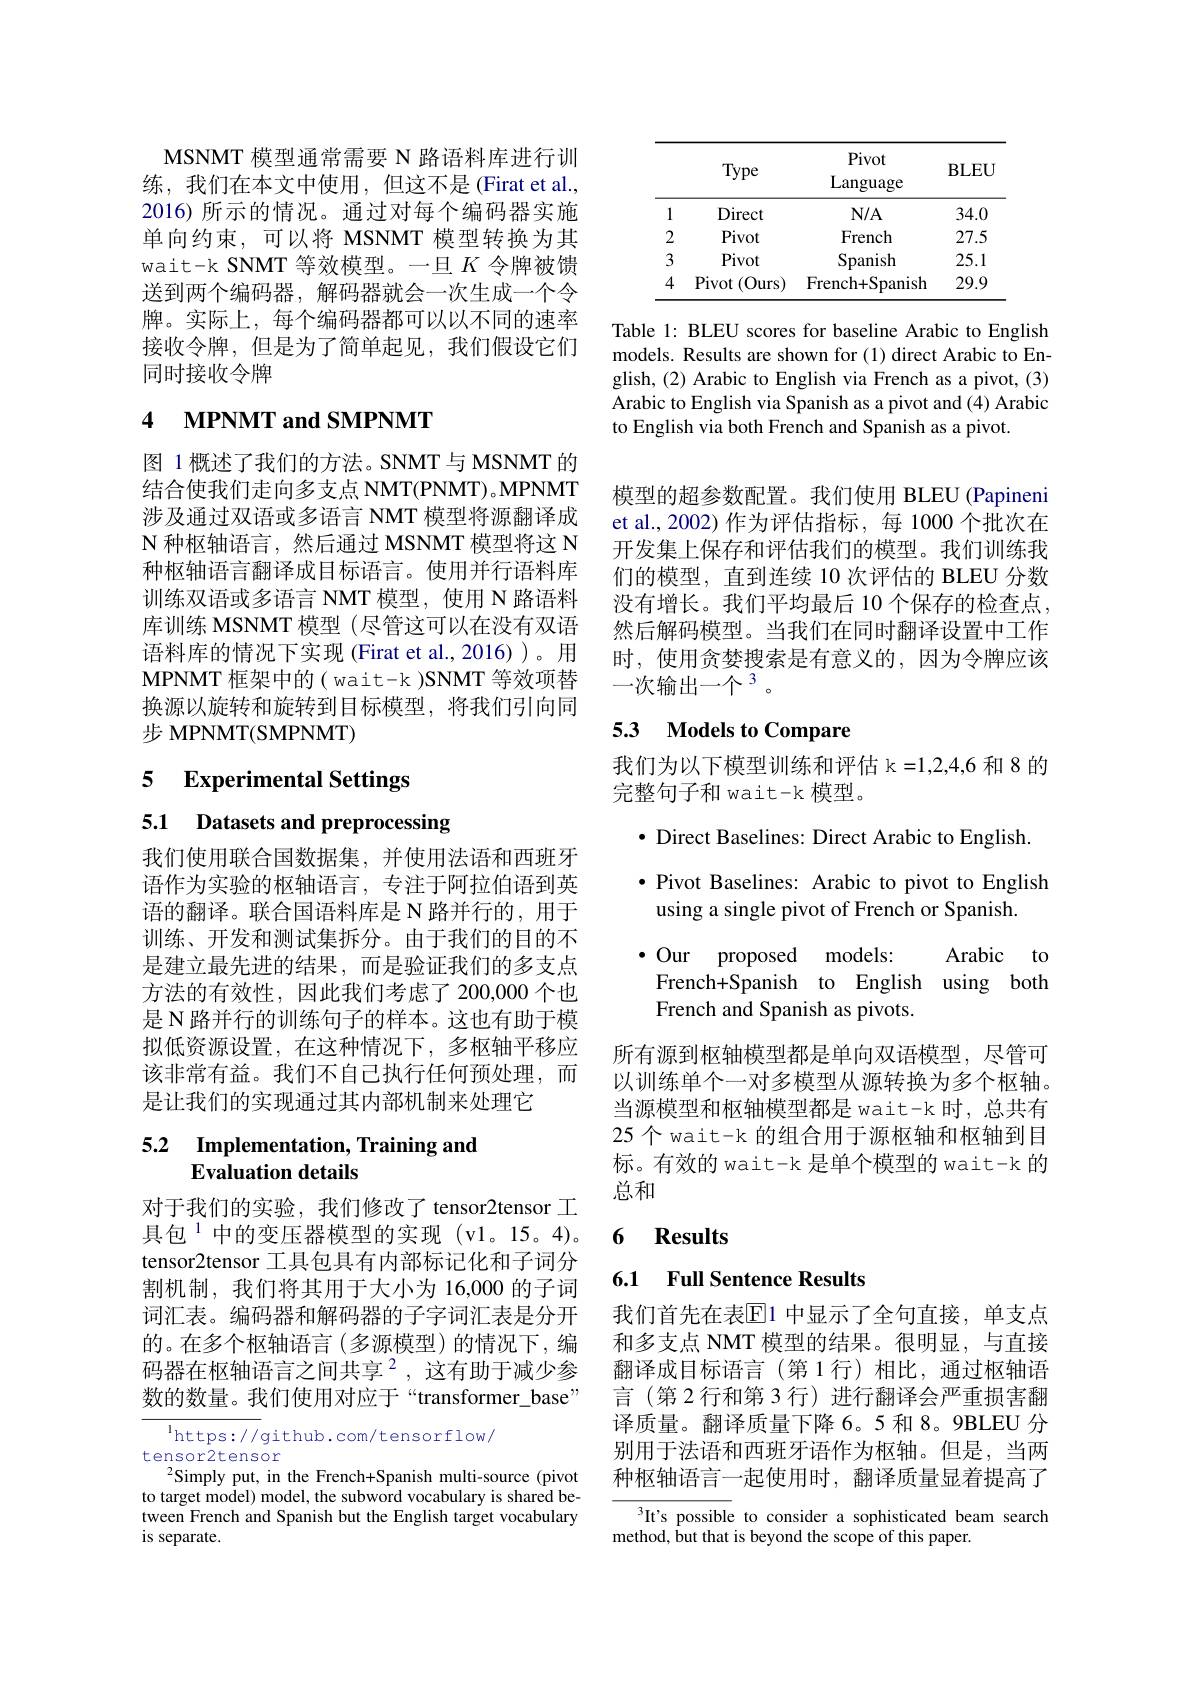
MSNMT 模型通常需要 N 路语料库进行训练，我们在本文中使用，但这不是(Firat et al., 2016)所示的情况。通过对每个编码器实施单向约束，可以将 MSNMT 模型转换为其wait-k SNMT 等效模型。一旦$K$令牌被馈送到两个编码器，解码器就会一次生成一个令牌。实际上，每个编码器都可以以不同的速率接收令牌，但是为了简单起见，我们假设它们同时接收令牌

# 4 MPNMT and SMPNMT

图 1概述了我们的方法。SNMT与 MSNMT 的结合使我们走向多支点 NMT(PNMT)。MPNMT 涉及通过双语或多语言 NMT 模型将源翻译成$\mathcal{N}$种枢轴语言，然后通过 MSNMT 模型将这 N 种枢轴语言翻译成目标语言。使用并行语料库训练双语或多语言 NMT 模型，使用 N 路语料库训练 MSNMT 模型(尽管这可以在没有双语语料库的情况下实现 (Firat et al.,2016))。用MPNMT 框架中的( wait-k )SNMT 等效项替换源以旋转和旋转到目标模型，将我们引向同步 MPNMT(SMPNMT)

## 5 Experimental Settings

5.1 Datasets and preprocessing

我们使用联合国数据集，并使用法语和西班牙语作为实验的枢轴语言，专注于阿拉伯语到英语的翻译。联合国语料库是 N 路并行的，用于训练、开发和测试集拆分。由于我们的目的不是建立最先进的结果，而是验证我们的多支点方法的有效性，因此我们考虑了 200,000个也是 N 路并行的训练句子的样本。这也有助于模拟低资源设置，在这种情况下，多枢轴平移应该非常有益。我们不自己执行任何预处理，而是让我们的实现通过其内部机制来处理它

## 5.2 Implementation, Training and Evaluation details

对于我们的实验，我们修改了 tensor2tensor 工具包$^{1}$中的变压器模型的实现(v1。15。4)。tensor2tensor 工具包具有内部标记化和子词分割机制，我们将其用于大小为 16,000 的子词词汇表。编码器和解码器的子字词汇表是分开的。在多个枢轴语言(多源模型)的情况下，编码器在枢轴语言之间共享$^2$,这有助于减少参数的数量。我们使用对应于“transformer_base”

$^{\mathrm{l}}$https://github.com/tensorflow/
tensor2tensor
$^{2}$Simply put, in the French+Spanish multi-source(pivot

to target model) model, the subword vocabulary is shared between French and Spanish but the English target vocabulary is separate.

<table>
	<tbody>
		<tr>
			<th> </th>
			<th>Type</th>
			<th>Pivot Language</th>
			<th>BLEU</th>
		</tr>
		<tr>
			<th> </th>
			<th>Type</th>
			<th>Pivot Language</th>
			<th>$BLEU$</th>
		</tr>
		<tr>
			<th> </th>
			<th>Type</th>
			<th>Pivot Language</th>
			<th>BLEU</th>
		</tr>
		<tr>
			<td>1</td>
			<td>Direct</td>
			<td>$N/A$</td>
			<td>34.0</td>
		</tr>
		<tr>
			<td>2</td>
			<td>Pivot</td>
			<td>French</td>
			<td>27.5</td>
		</tr>
		<tr>
			<td>3</td>
			<td>Pivot</td>
			<td>Spanish</td>
			<td>25.1</td>
		</tr>
		<tr>
			<td>4</td>
			<td>Pivot (Ours)</td>
			<td>French+Spanish</td>
			<td>29.9</td>
		</tr>
	</tbody>
</table>

Table 1: BLEU scores for baseline Arabic to English models. Results are shown for (1) direct Arabic to English, (2) Arabic to English via French as a pivot, (3) Arabic to English via Spanish as a pivot and (4) Arabic to English via both French and Spanish as a pivot.

模型的超参数配置。我们使用 BLEU (Papineni et al.,2002)作为评估指标，每 1000 个批次在开发集上保存和评估我们的模型。我们训练我们的模型，直到连续 10 次评估的 BLEU 分数没有增长。我们平均最后 10 个保存的检查点， 然后解码模型。当我们在同时翻译设置中工作时，使用贪婪搜索是有意义的，因为令牌应该一次输出一个$^3$。

## 5.3 Models to Compare

我们为以下模型训练和评估 k=1,2,4,6 和 8 的
完整句子和 wait-k 模型。
· Direct Baselines: Direct Arabic to English
$\bullet$ Pivot Baselines: Arabic to pivot to English
using a single pivot of French or Spanish.
Arabic to
$\cdot$ Our proposed models:
French+Spanish to English using both
French and Spanish as pivots.

所有源到枢轴模型都是单向双语模型，尽管可以训练单个一对多模型从源转换为多个枢轴。当源模型和枢轴模型都是 wait-k 时，总共有25个wait-k 的组合用于源枢轴和枢轴到目标。有效的 wait-k 是单个模型的 wait-k 的总和

### 6 $\mathbf{Results}$

6.1 Full Sentence Results

我们首先在表$\overline{\mathbb{E}}$1 中显示了全句直接，单支点和多支点 NMT 模型的结果。很明显，与直接翻译成目标语言(第1行)相比，通过枢轴语言(第 2 行和第 3 行) 进行翻译会严重损害翻译质量。翻译质量下降6。5 和 8。9BLEU 分别用于法语和西班牙语作为枢轴。但是，当两种枢轴语言一起使用时，翻译质量显着提高了

$^3$It's possible to consider a sophisticated beam search
method, but that is beyond the scope of this paper.